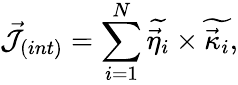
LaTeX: {\cal\vec{J}}_{(int)}=\sum_{i=1}^{N}\widetilde{\vec{\eta}_{i}}\times\widetilde{\vec{\kappa}_{i}},